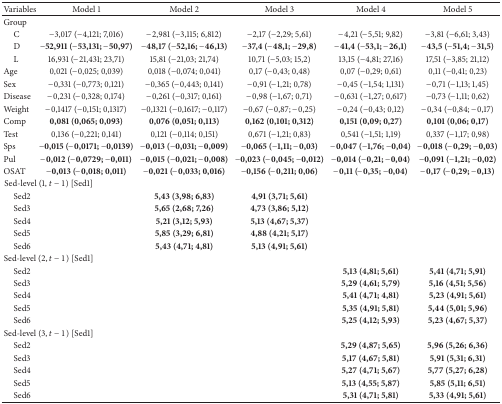
<table><thead><tr><td><b>Variables</b></td><td><b> Model 1</b></td><td><b> Model 2</b></td><td><b> Model 3</b></td><td><b> Model 4</b></td><td><b> Model 5</b></td></tr></thead><tbody><tr><td>Group</td><td> </td><td> </td><td> </td><td> </td><td> </td></tr><tr><td> C</td><td>−3,017 (−4,121; 7,016)</td><td>−2,981 (−3,115; 6,812)</td><td>−2,17 (−2,29; 5,61)</td><td>−4,21 (−5,51; 9,82)</td><td>−3,81 (−6,61; 3,43)</td></tr><tr><td> D</td><td><b>−52,911 (−53,131; −50,97)</b></td><td><b>−48,17 (−52,16; −46,13)</b></td><td><b>−37,4 (−48,1; −29,8)</b></td><td><b>−41,4 (−53,1; −26,1)</b></td><td><b>−43,5 (−51,4; −31,5)</b></td></tr><tr><td> L</td><td>16,931 (−21,431; 23,71)</td><td>15,81 (−21,03; 21,74)</td><td>10,71 (−5,03; 15,2)</td><td>13,15 (−4,81; 27,16)</td><td>17,51 (−3,85; 21,12)</td></tr><tr><td>Age</td><td>0,021 (−0,025; 0,039)</td><td>0,018 (−0,074; 0,041)</td><td>0,17 (−0,43; 0,48)</td><td>0,07 (−0,29; 0,61)</td><td>0,11 (−0,41; 0,23)</td></tr><tr><td>Sex </td><td>−0,331 (−0,773; 0,121)</td><td>−0,365 (−0,443; 0,141)</td><td>−0,91 (−1,21; 0,78)</td><td>−0,45 (−1,54; 1,131)</td><td>−0,71 (−1,13; 1,45)</td></tr><tr><td>Disease </td><td>−0,231 (−0,328; 0,174)</td><td>−0,261 (−0,317; 0,161)</td><td>−0,98 (−1,67; 0,71)</td><td>−0,631 (−1,27; 0,617)</td><td>−0,73 (−1,11; 0,62)</td></tr><tr><td>Weight</td><td>−0,1417 (−0,151; 0,1317)</td><td>−0,1321 (−0,1617; −0,117)</td><td>−0,67 (−0,87; −0,25)</td><td>−0,24 (−0,43; 0,12)</td><td>−0,34 (−0,84; −0,17)</td></tr><tr><td>Comp </td><td><b>0,081 (0,065; 0,093)</b></td><td><b>0,076 (0,051; 0,113)</b></td><td><b>0,162 (0,101; 0,312)</b></td><td><b>0,151 (0,09; 0,27)</b></td><td><b>0,101 (0,06; 0,17)</b></td></tr><tr><td>Test </td><td>0,136 (−0,221; 0,141)</td><td>0,121 (−0,114; 0,151)</td><td>0,671 (−1,21; 0,83)</td><td>0,541 (−1,51; 1,19)</td><td>0,337 (−1,17; 0,98)</td></tr><tr><td>Sps</td><td><b>−0,015 (−0,0171; −0,0139)</b></td><td><b>−0,013 (−0,031; −0,009)</b></td><td><b>−0,065 (−1,11; −0,03)</b></td><td><b>−0,047 (−1,76; −0,04)</b></td><td><b>−0,018 (−0,29; −0,03)</b></td></tr><tr><td>Pul</td><td><b>−0,012 (−0,0729; −0,011)</b></td><td><b>−0,015 (−0,021; −0,008)</b></td><td><b>−0,023 (−0,045; −0,012)</b></td><td><b>−0,014 (−0,21; −0,04)</b></td><td><b>−0,091 (−1,21; −0,02)</b></td></tr><tr><td>OSAT</td><td><b>−0,013 (−0,018; 0,011)</b></td><td><b>−0,021 (−0,033; 0,016)</b></td><td><b>−0,156 (−0,211; 0,06)</b></td><td><b>−0,11 (−0,35; −0,04)</b></td><td><b>−0,17 (−0,29; −0,13)</b></td></tr><tr><td colspan="2">Sed-level (1, <i>t</i> − 1) [Sed1]</td><td> </td><td> </td><td> </td><td> </td></tr><tr><td> Sed2</td><td> </td><td><b>5,43 (3,98; 6,83)</b></td><td><b>4,91 (3,71; 5,61)</b></td><td> </td><td> </td></tr><tr><td> Sed3</td><td> </td><td><b>5,65 (2,68; 7,26)</b></td><td><b>4,73 (3,86; 5,12)</b></td><td> </td><td> </td></tr><tr><td> Sed4</td><td> </td><td><b>5,21 (3,12; 5,93)</b></td><td><b>5,13 (4,67; 5,37)</b></td><td> </td><td> </td></tr><tr><td> Sed5</td><td> </td><td><b>5,85 (3,29; 6,81)</b></td><td><b>4,88 (4,21; 5,17)</b></td><td> </td><td> </td></tr><tr><td> Sed6</td><td> </td><td><b>5,43 (4,71; 4,81)</b></td><td><b>5,13 (4,91; 5,61)</b></td><td> </td><td> </td></tr><tr><td colspan="2">Sed-level (2, <i>t</i> − 1) [Sed1] </td><td> </td><td> </td><td> </td><td> </td></tr><tr><td> Sed2</td><td> </td><td> </td><td> </td><td><b>5,13 (4,81; 5,61)</b></td><td><b>5,41 (4,71; 5,91)</b></td></tr><tr><td> Sed3</td><td> </td><td> </td><td> </td><td><b>5,29 (4,61; 5,79)</b></td><td><b>5,16 (4,51; 5,56)</b></td></tr><tr><td> Sed4</td><td> </td><td> </td><td> </td><td><b>5,41 (4,71; 4,81)</b></td><td><b>5,23 (4,91; 5,61)</b></td></tr><tr><td> Sed5</td><td> </td><td> </td><td> </td><td><b>5,35 (4,91; 5,81)</b></td><td><b>5,44 (5,01; 5,96)</b></td></tr><tr><td> Sed6</td><td> </td><td> </td><td> </td><td><b>5,25 (4,12; 5,93)</b></td><td><b>5,23 (4,67; 5,37)</b></td></tr><tr><td colspan="2">Sed-level (3, <i>t</i> − 1) [Sed1]</td><td> </td><td> </td><td> </td><td> </td></tr><tr><td> Sed2</td><td> </td><td> </td><td> </td><td><b>5,29 (4,87; 5,65)</b></td><td><b>5,96 (5,26; 6,36)</b></td></tr><tr><td> Sed3</td><td> </td><td> </td><td> </td><td><b>5,17 (4,67; 5,81)</b></td><td><b>5,91 (5,31; 6,31)</b></td></tr><tr><td> Sed4</td><td> </td><td> </td><td> </td><td><b>5,27 (4,71; 5,67)</b></td><td><b>5,77 (5,27; 6,28)</b></td></tr><tr><td> Sed5</td><td> </td><td> </td><td> </td><td><b>5,13 (4,55; 5,87)</b></td><td><b>5,85 (5,11; 6,51)</b></td></tr><tr><td> Sed6</td><td> </td><td> </td><td> </td><td><b>5,31 (4,71; 5,81)</b></td><td><b>5,33 (4,91; 5,61)</b></td></tr></tbody></table>